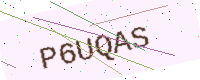
Text: P6UQAS